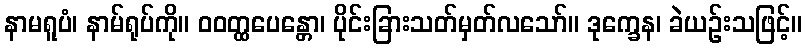
နာမရူပံ၊ နာမ်ရုပ်ကို။ ဝဝတ္ထပေန္တော၊ ပိုင်းခြားသတ်မှတ်လသော်။ ဒုက္ခေန၊ ခဲယဉ်းသဖြင့်။